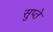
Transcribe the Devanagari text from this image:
सुप्ते